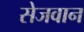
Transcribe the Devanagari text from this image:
सेजवान